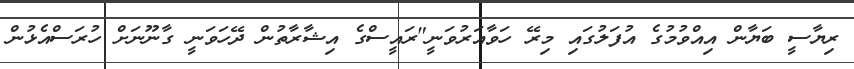
ރިޔާސީ ބަޔާން އިއްވުމުގެ އުފަލުގައި މިރޭ ހަވާއަރުވަނީ"ރައީސްގެ އިޝާރާތުން ދޭހަވަނީ ގާނޫނަށް ހުރަސްއެޅުން